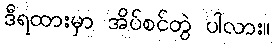
ဒီရထားမှာ အိပ်စင်တွဲ ပါလား။